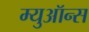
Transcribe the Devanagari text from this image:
म्युऑन्स